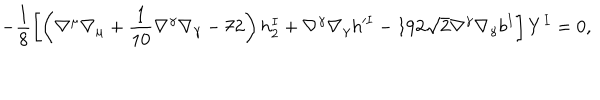
- \frac { 1 } { 8 } \left[ \left( \nabla ^ { \mu } \nabla _ { \mu } + \frac { 1 } { 1 0 } \nabla ^ { \gamma } \nabla _ { \gamma } - 7 2 \right) h _ { 2 } ^ { I } + \nabla ^ { \gamma } \nabla _ { \gamma } h ^ { \prime I } - 1 9 2 \sqrt { 2 } \nabla ^ { \gamma } \nabla _ { \gamma } b ^ { I } \right] Y ^ { I } = 0 ,